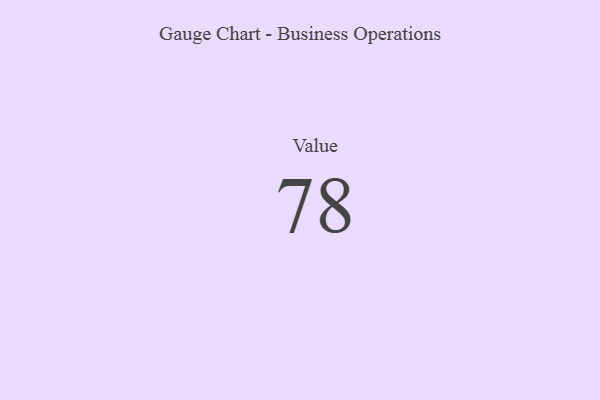
{"axis": {"x": "Metric", "y": "Value"}, "legend": [""], "data": [{"x": "Value", "y": 78, "type": ""}]}